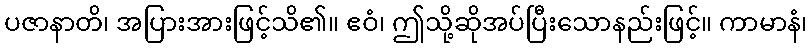
ပဇာနာတိ၊ အပြားအားဖြင့်သိ၏။ ဧဝံ၊ ဤသို့ဆိုအပ်ပြီးသောနည်းဖြင့်။ ကာမာနံ၊